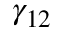
\gamma _ { 1 2 }